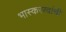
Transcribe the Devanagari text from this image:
भास्कररवांची